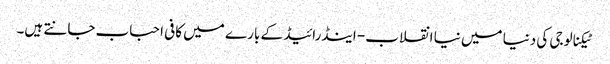
ٹیکنالوجی کی دنیا میں نیا انقلاب- اینڈرائیڈ کے بار ے میں کافی احباب جانتے ہیں۔